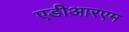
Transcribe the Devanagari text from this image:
एडीआरएम